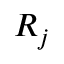
R _ { j }